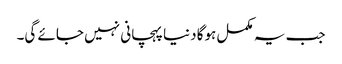
جب یہ مکمل ہوگا دنیا پہچانی نہیں جائے گی۔